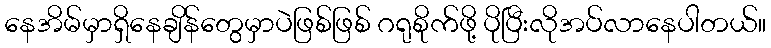
နေအိမ်မှာရှိနေချိန်တွေမှာပဲဖြစ်ဖြစ် ဂရုစိုက်ဖို့ ပိုပြီးလိုအပ်လာနေပါတယ်။